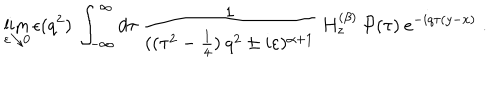
\lim _ { \varepsilon \searrow 0 } \epsilon ( q ^ { 2 } ) \: \int _ { - \infty } ^ { \infty } d \tau \: \frac { 1 } { ( ( \tau ^ { 2 } - \frac { 1 } { 4 } ) \: q ^ { 2 } \pm i \varepsilon ) ^ { \alpha + 1 } } \: H _ { z } ^ { ( \beta ) } \: { \mathcal { P } } ( \tau ) \: e ^ { - i q \tau ( y - x ) } \; .